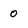
Character: O